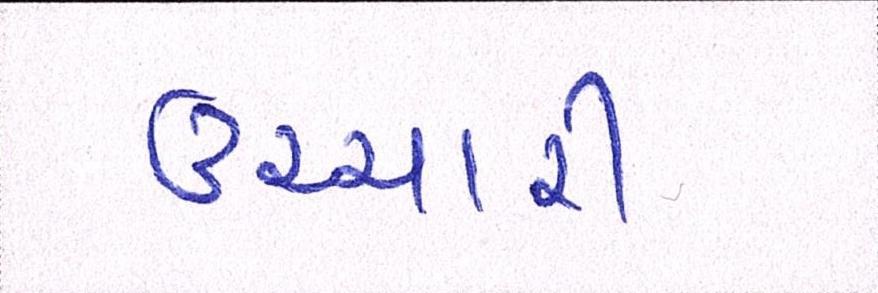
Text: ઉચ્ચારી